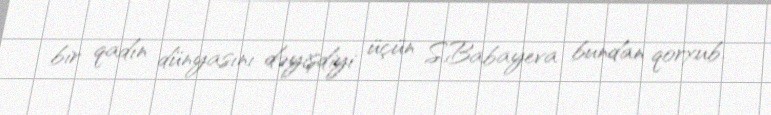
bir qadın dünyasını dəyişdiyi üçün S.Babayeva bundan qorxub.